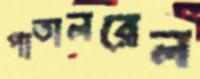
পাতালরেল